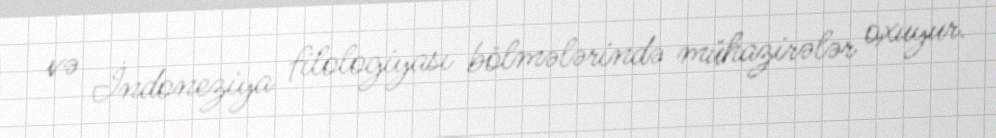
və İndoneziya filologiyası bölmələrində mühazirələr oxuyur.